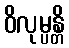
ဝိလုမ္ပန္တိ